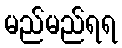
မည်မည်ရရ